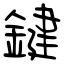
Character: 鍵